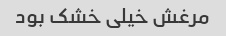
مرغش خیلی خشک بود